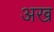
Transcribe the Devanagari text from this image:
अख